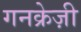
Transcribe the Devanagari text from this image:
गनक्रेज़ी